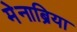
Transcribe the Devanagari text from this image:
मेनाब्रिया